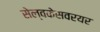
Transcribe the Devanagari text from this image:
सेल्वकेसवरयर